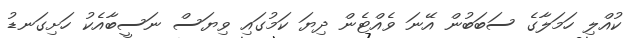
ކުއްލި ހަމަލާގެ ސަބަބުން އޭނަ ވެއްޓެން ދިޔަ ކަމުގައި ވިޔަސް ނަސީބާއެކު ހަށިގަނޑު